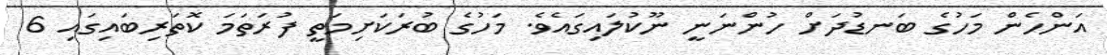
އަންހެން މަހުގެ ބަނޑުދަށް ހުންނަނީ ނޫކުލައިގައެވެ. މަހުގެ ބުރަކަށިމަތީ ފުރަތަމަ ކޮތަރިބައިގައި 6